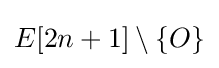
E[2n+1]\setminus \{O\}